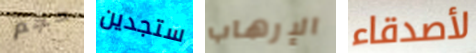
حجم ستجدين الإرهاب لأصدقاء